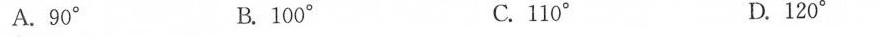
A.90° B.100° C.110° D.120°